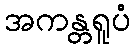
အကန္တရူပံ